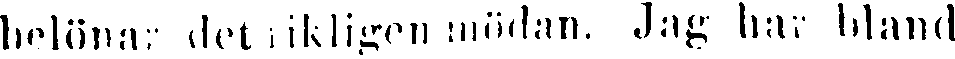
belönar det rikligen mödan. Jag hav bland